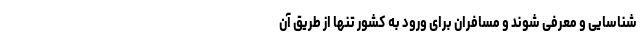
شناسایی و معرفی شوند و مسافران برای ورود به کشور تنها از طریق آن